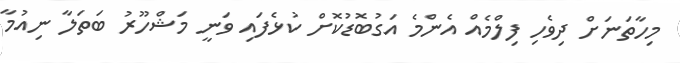
މިހާތަނަށް ދިވެހި ފިލްމެއް އެންމެ އަގުބޮޑުކޮށް ކުޅެފައި ވަނީ މަޝްހޫރު ބަތަލާ ނިއުމާ